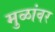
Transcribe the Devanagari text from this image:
मुळांवर